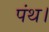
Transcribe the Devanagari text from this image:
पंथ।